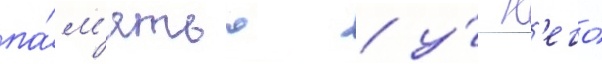
па́м'ятью / у́ н'его́